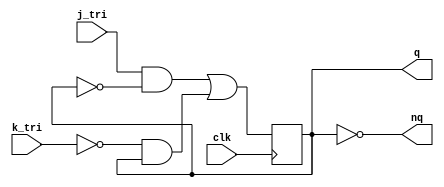
`timescale 1ns / 100ps
//////////////////////////////////////////////////////////////////////////////////
// Company: 
// Engineer: 
// 
// Design Name: 
// Module Name: jkff
// Project Name: 
// Target Devices: 
// Tool Versions: 
// Description: 
// 
// Dependencies: 
// 
// Revision:
// Revision 0.01 - File Created
// Additional Comments:
// 
//////////////////////////////////////////////////////////////////////////////////


module jkff(
  input j_tri,
  input k_tri,
  input clk,
  output reg q,
  output nq
  );
  not(nq, q);
  initial 
    q = 0;
  always @ (negedge clk)
  begin
    q <= (j_tri & !q) | (!k_tri & q);
  end
endmodule